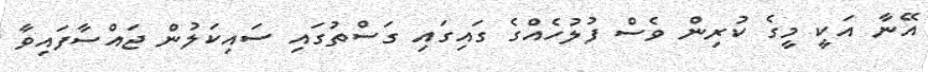
އޭނާ އަކީ މީގެ ކުރިން ވެސް ފުލުހެއްގެ ގައިގައި ގަސްތުގައި ސައިކަލުން ޖައްސާފައިވާ